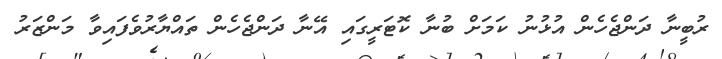
ރުބީނާ ދަންޖެހެން އުޅުނު ކަމަށް ބުނާ ކޮޓަރީގައި އޭނާ ދަންޖެހެން ތައްޔާރުވެފައިވާ މަންޒަރު